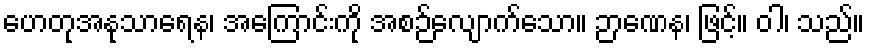
ဟေတုအနုသာရေန၊ အကြောင်းကို အစဉ်လျောက်သော။ ဉာဏေန၊ ဖြင့်။ ဝါ၊ သည်။